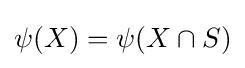
{\textstyle \psi (X)=\psi (X\cap S)}